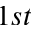
1 s t